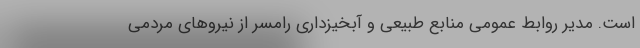
است. مدیر روابط عمومی منابع طبیعی و آبخیزداری رامسر از نیرو‌های مردمی